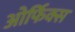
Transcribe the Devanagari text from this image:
ओर्फिक्स